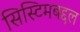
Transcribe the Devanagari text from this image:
सिस्टिमबद्दल